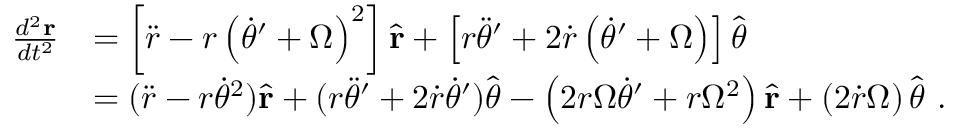
{ \begin{array} { r l } { { \frac { d ^ { 2 } \mathbf { r } } { d t ^ { 2 } } } } & { = \left[ { \ddot { r } } - r \left( { \dot { \theta } } ^ { \prime } + \Omega \right) ^ { 2 } \right] { \hat { \mathbf { r } } } + \left[ r { \ddot { \theta } } ^ { \prime } + 2 { \dot { r } } \left( { \dot { \theta } } ^ { \prime } + \Omega \right) \right] { \hat { \boldsymbol { \theta } } } } \\ & { = ( { \ddot { r } } - r { \dot { \theta } } ^ { 2 } ) { \hat { \mathbf { r } } } + ( r { \ddot { \theta } } ^ { \prime } + 2 { \dot { r } } { \dot { \theta } } ^ { \prime } ) { \hat { \boldsymbol { \theta } } } - \left( 2 r \Omega { \dot { \theta } } ^ { \prime } + r \Omega ^ { 2 } \right) { \hat { \mathbf { r } } } + \left( 2 { \dot { r } } \Omega \right) { \hat { \boldsymbol { \theta } } } \ . } \end{array} }